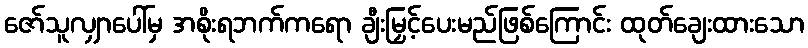
ဇော်သူလျှာပေါ်မှ အစိုးရဘက်ကရော ချီးမြှင့်ပေးမည်ဖြစ်ကြောင်း ထုတ်ချေးထားသော